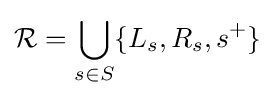
{\mathcal {R}}=\bigcup _{s\in S}\{L_{s},R_{s},s^{+}\}